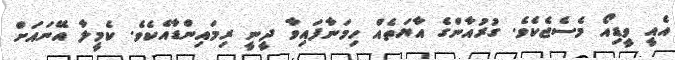
އެއީ ވީޑިއޯ މެސެޖެކެވެ. ގުރުއާންގެ އާޔަތެއް ހިމަނާފައިވާ ދީނީ ރިމައިންޑާއެކެވެ. ކެމީލާ އޭނައަށް